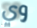
وي